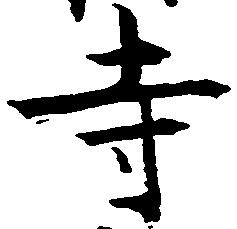
寺